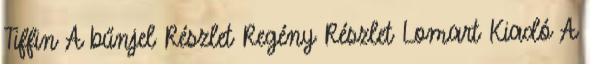
Tiffin A bűnjel Részlet Regény Részlet Lomart Kiadó A